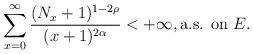
LaTeX: \begin{align*}\sum_{x=0}^{\infty} \dfrac{(N_x+1)^{1-2\rho}}{(x+1)^{2\alpha}}<+\infty, {\mbox{a.s. on $E$}.}\end{align*}